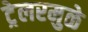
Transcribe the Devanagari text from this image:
ट्रेलरमुळे